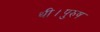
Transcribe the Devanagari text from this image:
थी।पुरुष